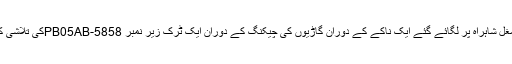
انچارج پولیس پوسٹ بہرام گلہ کی قیادت میں پولیس کی طرف سے مغل شاہراہ پر لگائے گئے ایک ناکے کے دوران گاڑیوں کی چیکنگ کے دوران ایک ٹرک زیر نمبر PB05AB-5858کی تلاشی کے دوران پولیس نے اسمگل کی جارہی 30کلو فکی کو ضبط کر لیا ۔